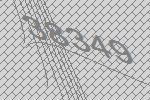
38349